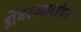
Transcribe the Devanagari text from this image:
डोंगरउतारांवर